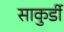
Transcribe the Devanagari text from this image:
साकुर्डी